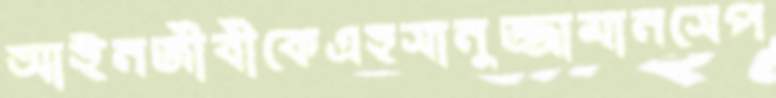
আইনজীবীকেএহসানুজ্জামানসেপ